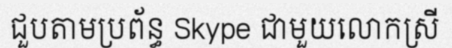
ជួបតាមប្រព័ន្ធ Skype ជាមួយលោកស្រី